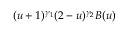
( u + 1 ) ^ { \gamma _ { 1 } } ( 2 - u ) ^ { \gamma _ { 2 } } B ( u )